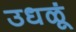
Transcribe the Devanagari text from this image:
उधळूं